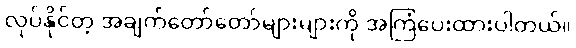
လုပ်နိုင်တဲ့ အချက်တော်တော်များများကို အကြံပေးထားပါတယ်။